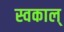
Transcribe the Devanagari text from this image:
स्वकाल्